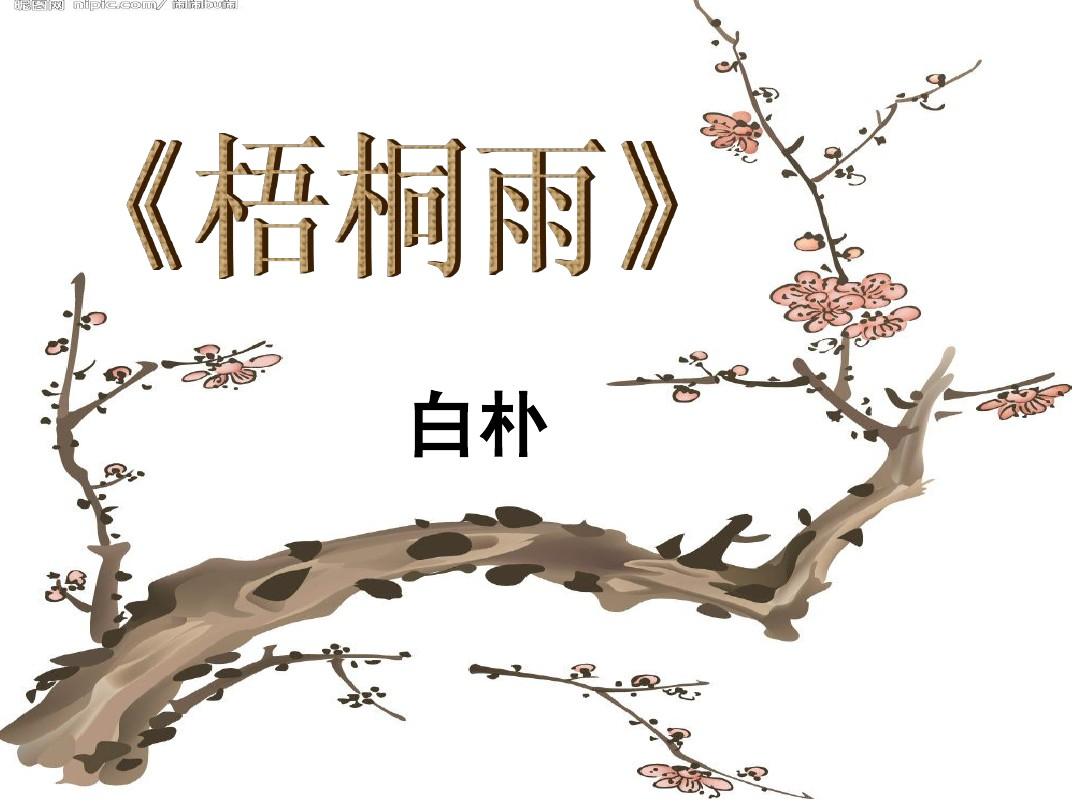
梧桐雨细。渐滴作秋声，被风惊碎。